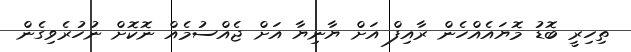
ތިހިރީ ބޮޑު މޮޔައެއްހެން ރާއިފް އަށް ޔާނިޔާ އަށް ޖެއްސުމެއް ނޮކޮށް ނުހުރެވިގެން